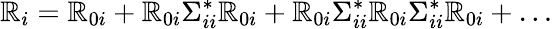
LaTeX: \mathbb{R}_{i}=\mathbb{R}_{0i}+\mathbb{R}_{0i}\Sigma_{ii}^{*}\mathbb{R}_{0i}+\mathbb{R}_{0i}\Sigma_{ii}^{*}\mathbb{R}_{0i}\Sigma_{ii}^{*}\mathbb{R}_{0i}+\dots